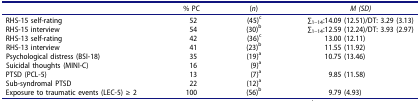
|  | % PC | (n) | M (SD) |
 | --- | --- | --- | --- |
 | RHS-15 self-rating | 52 | (45)c | ∑1–14:14.09 (12.51)/DT: 3.29 (3.13) |
 | RHS-15 interview | 54 | (30)b | ∑1–14:12.59 (12.24)/DT: 3.93 (2.97) |
 | RHS-13 self-rating | 42 | (36)c | 13.00 (12.11) |
 | RHS-13 interview | 41 | (23)b | 11.55 (11.92) |
 | Psychological distress (BSI-18) | 35 | (19)a | 10.75 (13.46) |
 | Suicidal thoughts (MINI-C) | 16 | (9)a |  |
 | PTSD (PCL-5) | 13 | (7)a | 9.85 (11.58) |
 | Sub-syndromal PTSD | 22 | (12)a |  |
 | Exposure to traumatic events (LEC-5) ≥ 2 | 100 | (56)b | 9.79 (4.93) |